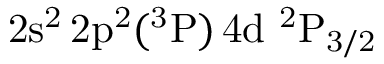
\mathrm { 2 s ^ { 2 } \, 2 p ^ { 2 } ( ^ { 3 } P ) \, 4 d ~ ^ { 2 } P _ { 3 / 2 } }